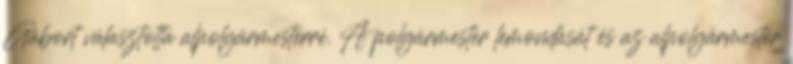
Gábort választotta alpolgármesterré. A polgármester lemondását és az alpolgármester